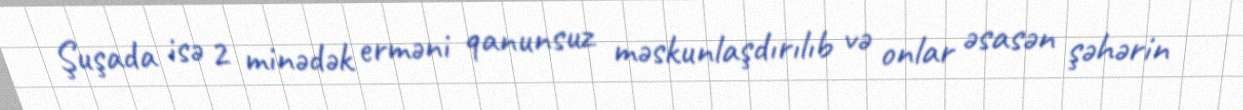
Şuşada isə 2 minədək erməni qanunsuz məskunlaşdırılıb və onlar əsasən şəhərin